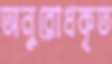
অনুরোধকৃত